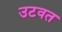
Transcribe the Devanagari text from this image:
उटवत